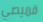
قميصي